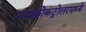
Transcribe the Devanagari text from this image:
मायक्रोकंट्रोलरमध्ये